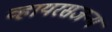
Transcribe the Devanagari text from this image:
व्हायरसजन्य